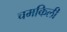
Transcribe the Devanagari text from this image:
चमकिली